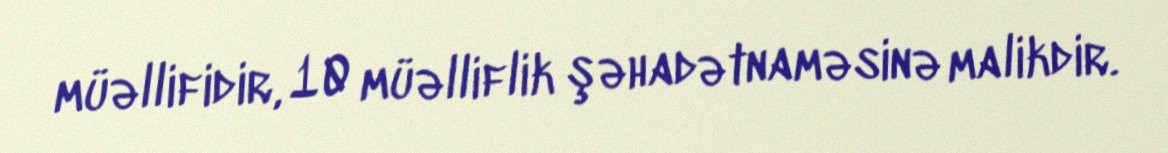
müəllifidir, 10 müəlliflik şəhadətnaməsinə malikdir.